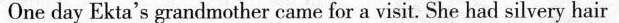
One day Ekta's grandmother came for a visit. She had silvery hair